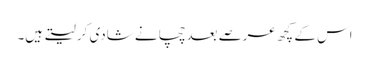
اس کے کچھ عرصے بعد چچا نے شادی کر لیتے ہیں۔